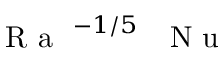
\mathrm { ~ \textit ~ { ~ R ~ a ~ } ~ } ^ { - 1 / 5 } \mathrm { ~ \textit ~ { ~ N ~ u ~ } ~ }